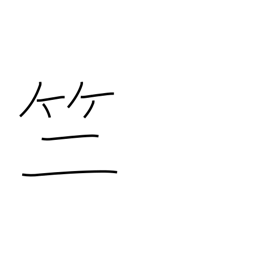
Meaning: bamboo